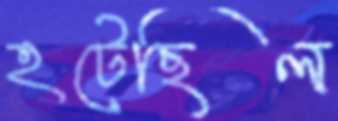
হটেছিল